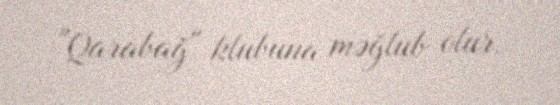
"Qarabağ" klubuna məğlub olur.